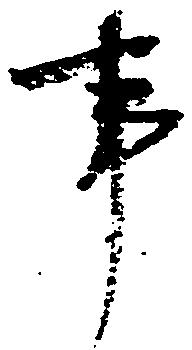
事